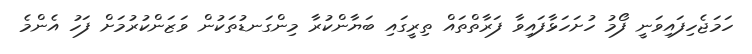
ހަމަޖެހިފައިވަނީ ފޯމު ހުށަހަޅާފައިވާ ފަރާތްތައް ތިރީގައި ބަޔާންކުރާ މިންގަނޑުތަކުން ވަޒަންކުރުމަށް ފަހު އެންމެ